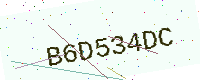
Text: B6D534DC